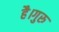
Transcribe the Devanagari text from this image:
है।गुरु